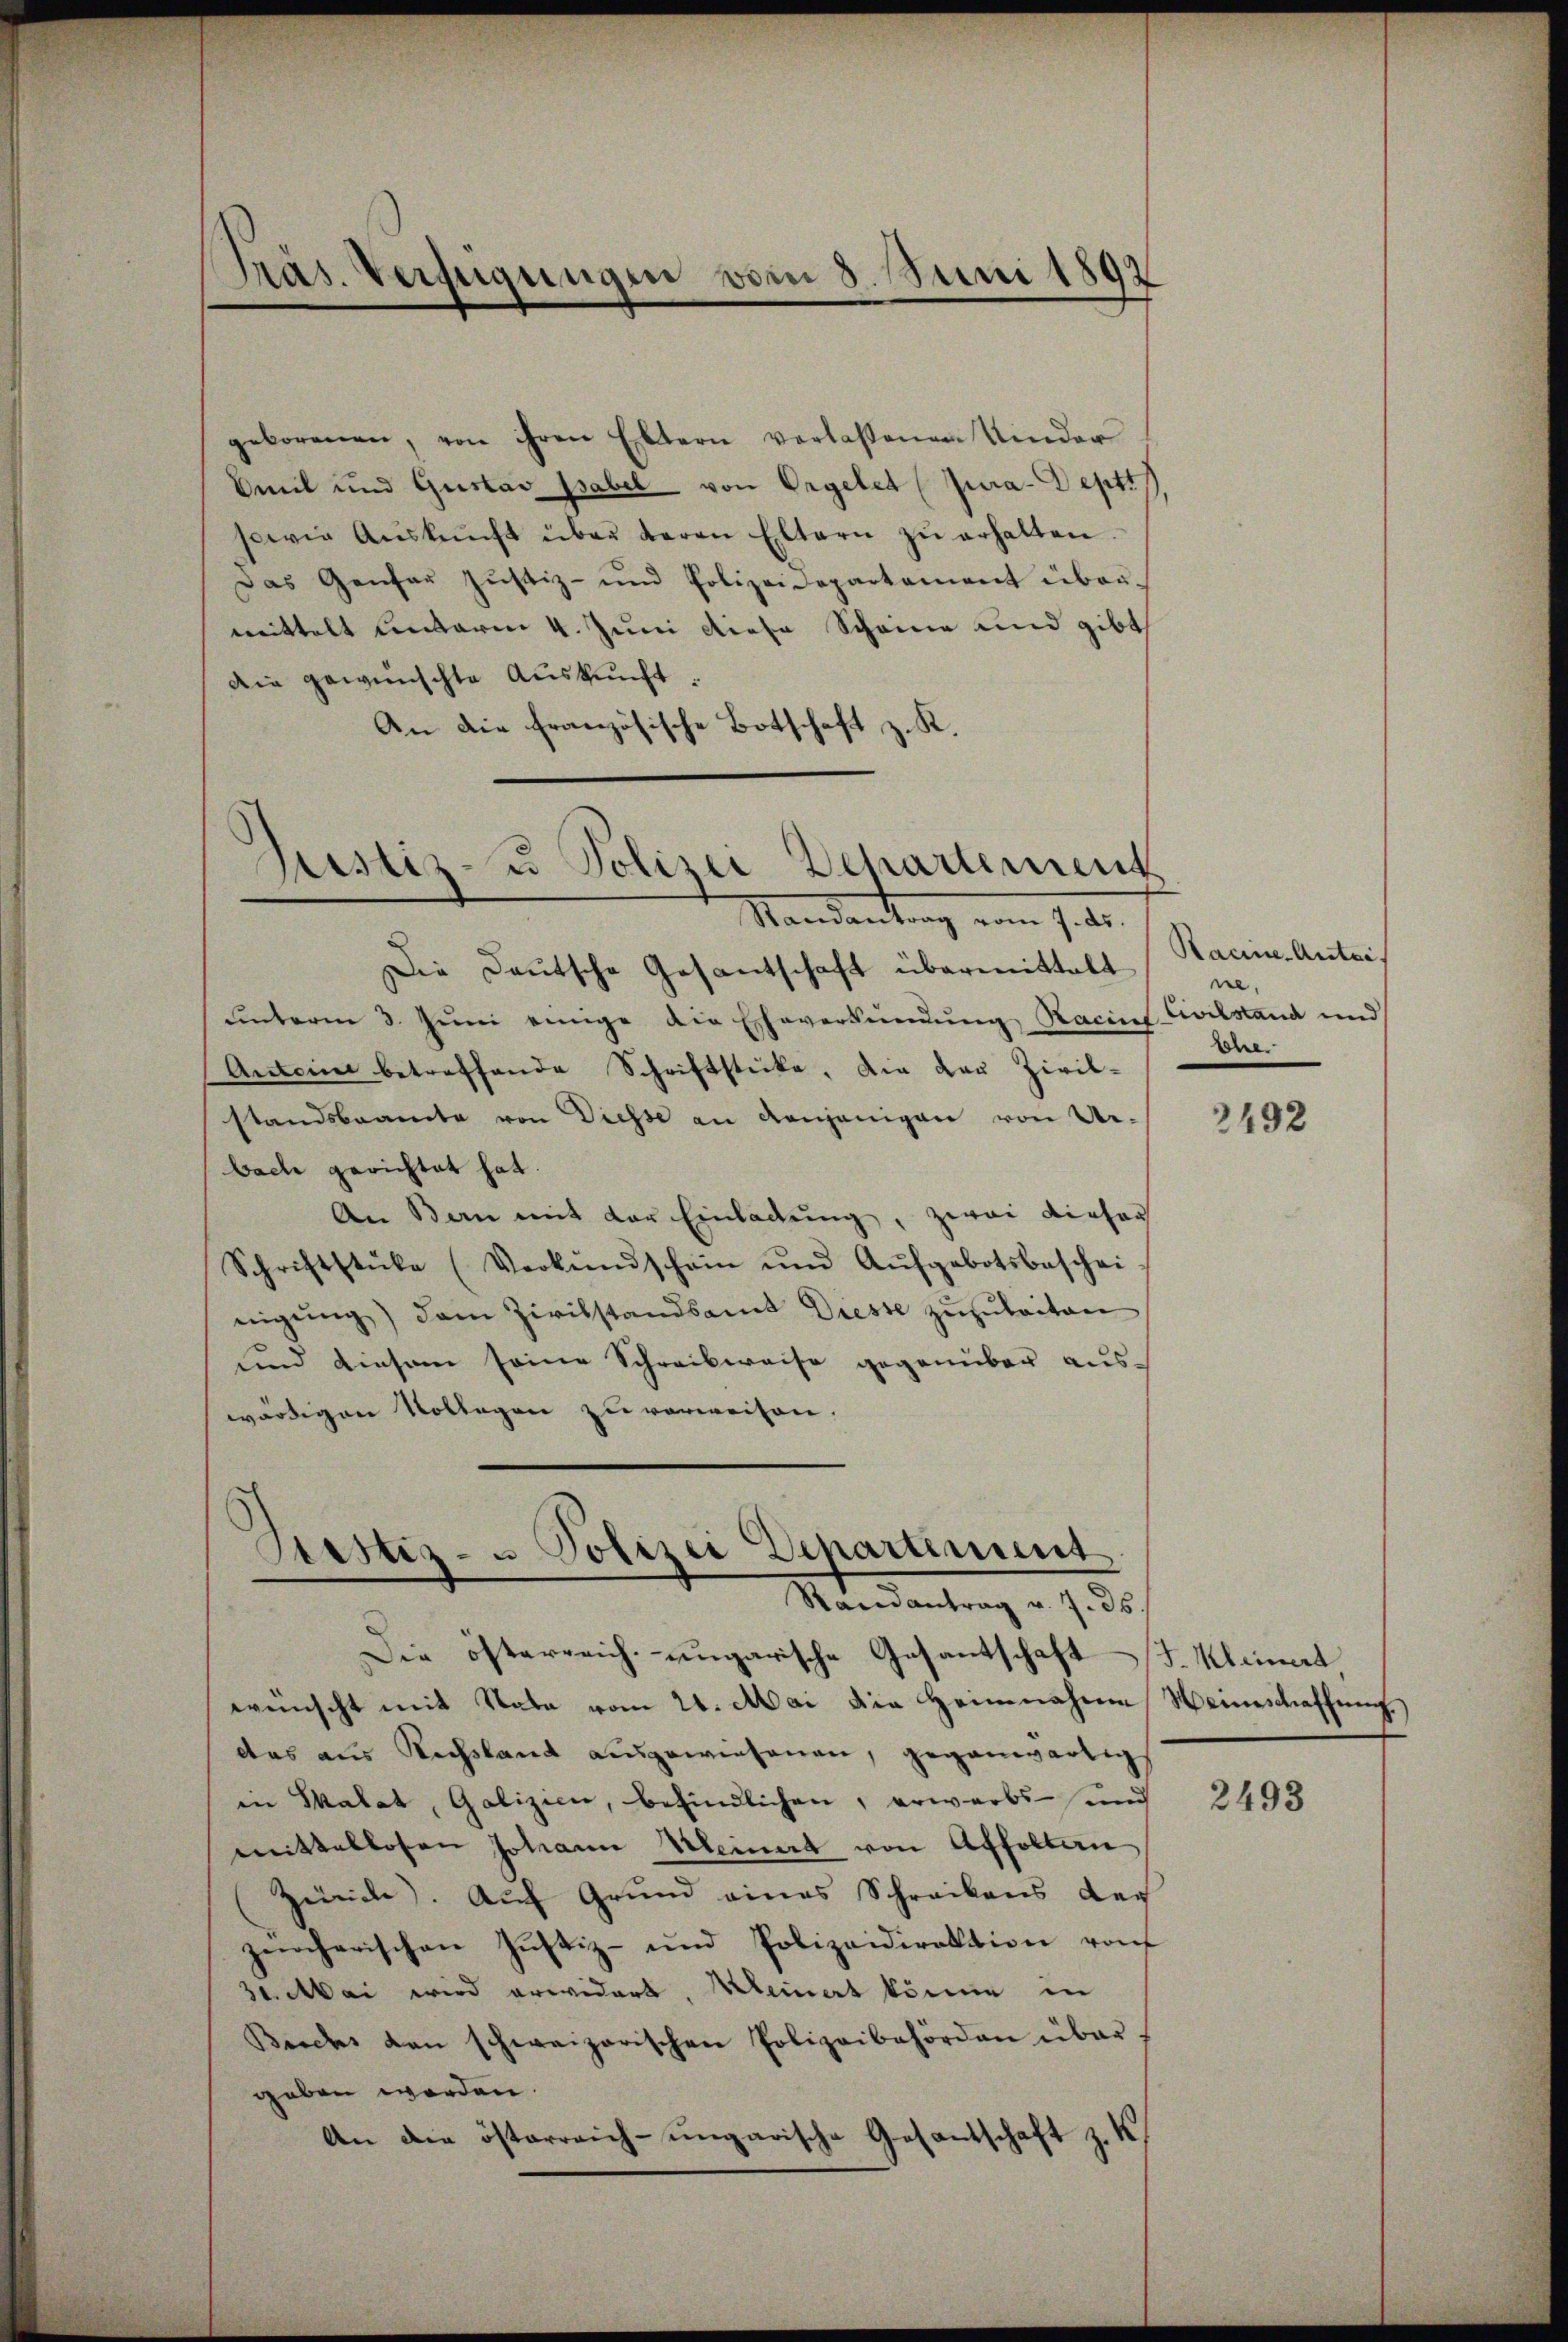
Präs. Verfügungen vom 3. Juni 1892

geborenen, von ihren Eltern verlassenen Kinder
Omil und Gustav Pabel von Orgeles (Jura-Deptt
sowie Aŭskŭnft über daran Eltern zŭ erhalten.
Das Genfer Justiz- und Polizei Departement über-
wittelt unterm 4. Juni diese Scheine und gibt
Die gewünschte Auskunft.
An die Französische Botschaft z. K.

ustiz- u Polizei Departement

Mandankung vom 7. d.
Die Deutsche Gesantschaft übermittalt
unterm 3. Juni einige die Eheverkündung Racius Civilstand und
Antoine betreffende Schriftstücke, die der Zivil-
standsbeamte von Diesse an denjenigen von Ur-
bach gerichtet hat.
An Bon mit der Einladung, zwai dieser
Schriftstücke (Verkŭndschein und Aŭfgebotsbeschei
eigŭng) dem Zivilstandsamt Diesse zuzuleiten
und diesem seine Schreibweise gegenüber auswürdigen Vollegen zu verweisen.

Sistiz- u Polizei Departiment

Randantrag v. 7. 36.
Die österreich-ungarische Gesantschaft I. Kleinert
wünscht mit Nata vom 24. Mai die Heimnahme Neinschaffung
das aus Rechsland ausgewiesenen, gegenwärtig
in Skalat, Galizien, befindlichen, erwarbs- und
mittellosen Johann Meinert von Affolten
Zeile. Auf Grund eines Schreibens der
zürcherischen Justiz- und Polizeidirektion von
31. Mai wird erwidert, Kleinert könne in
Berchs den schweizerischen Polizeibehörden über.
geben worden.
An die österreich-ungarische Gesantschaft z. K

Racine-Antei
ne,
Lehe

3492

2493